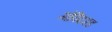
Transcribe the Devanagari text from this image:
गोविंदगड